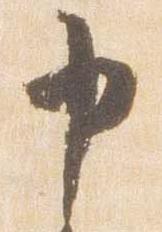
申